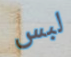
لبس